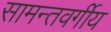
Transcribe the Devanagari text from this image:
सामन्तवर्गीय